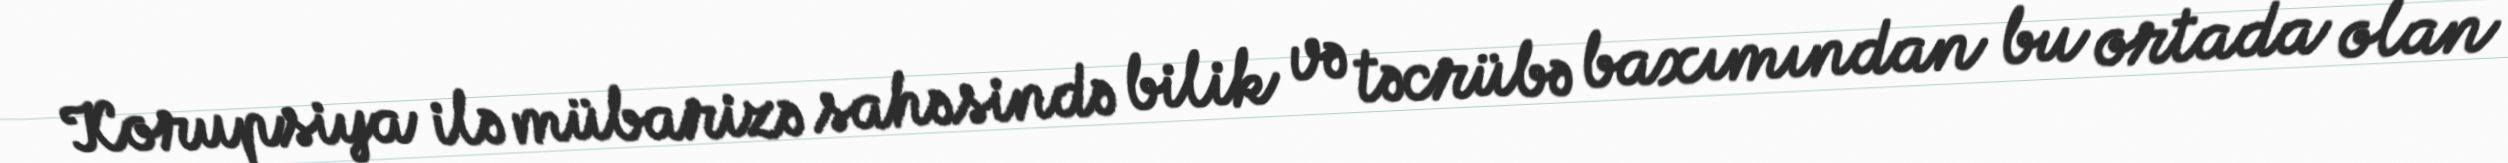
Korupsiya ilə mübarizə sahəsində bilik və təcrübə baxımından bu ortada olan